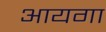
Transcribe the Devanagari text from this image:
आयगा